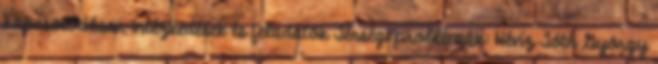
kapcsolódásai, intézkedések és feladatok Térségi problémák: Hévíz Tóth György